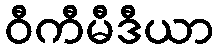
ဝီကီမီဒီယာ